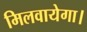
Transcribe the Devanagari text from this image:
मिलवायेगा।